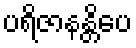
ပရိဇာနန္တိပေ